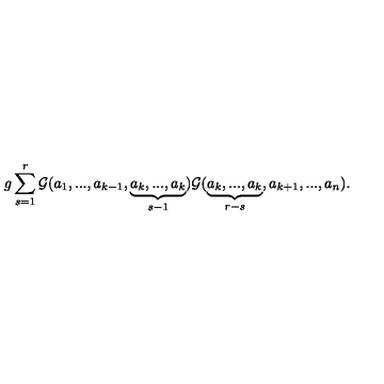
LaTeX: g \sum _ { s = 1 } ^ { r } { { \cal G } } ( a _ { 1 } , . . . , a _ { k - 1 } , \underbrace { a _ { k } , . . . , a _ { k } } _ { s - 1 } ) { { \cal G } } ( \underbrace { a _ { k } , . . . , a _ { k } } _ { r - s } , a _ { k + 1 } , . . . , a _ { n } ) .